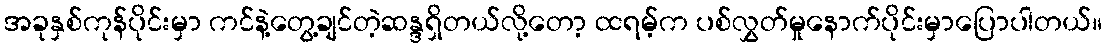
အခုနှစ်ကုန်ပိုင်းမှာ ကင်နဲ့တွေ့ချင်တဲ့ဆန္ဒရှိတယ်လို့တော့ ထရမ့်က ပစ်လွှတ်မှုနောက်ပိုင်းမှာပြောပါတယ်။